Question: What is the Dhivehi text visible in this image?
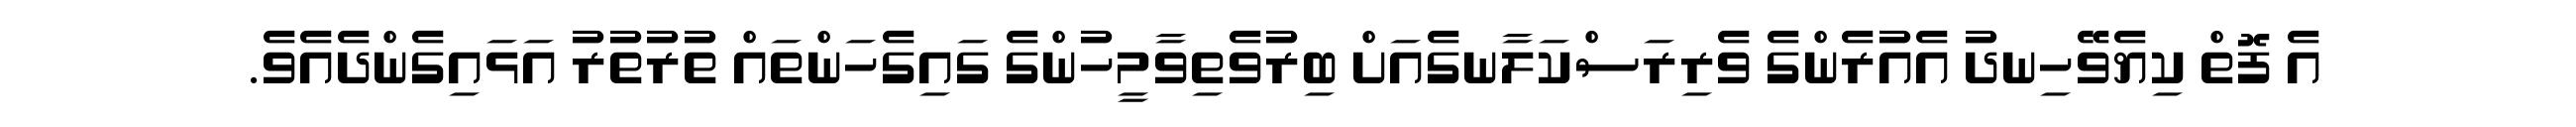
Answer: އެ ފޮތް ކިޔެވޭހިނދު އެއުރެންގެ ވެރިރަސްކަލާނގެއަށް ބިރުވެތިވާމީހުންގެ ގައިގެހަންތައް ތުރުތުރު އަޅައިގެންދެއެވެ.